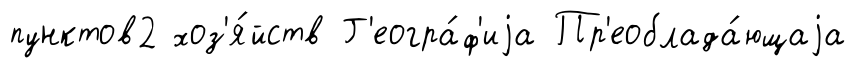
пунктов2 хоз'я́йств Г'еогра́ф'иjа Пр'еоблада́ющаjа